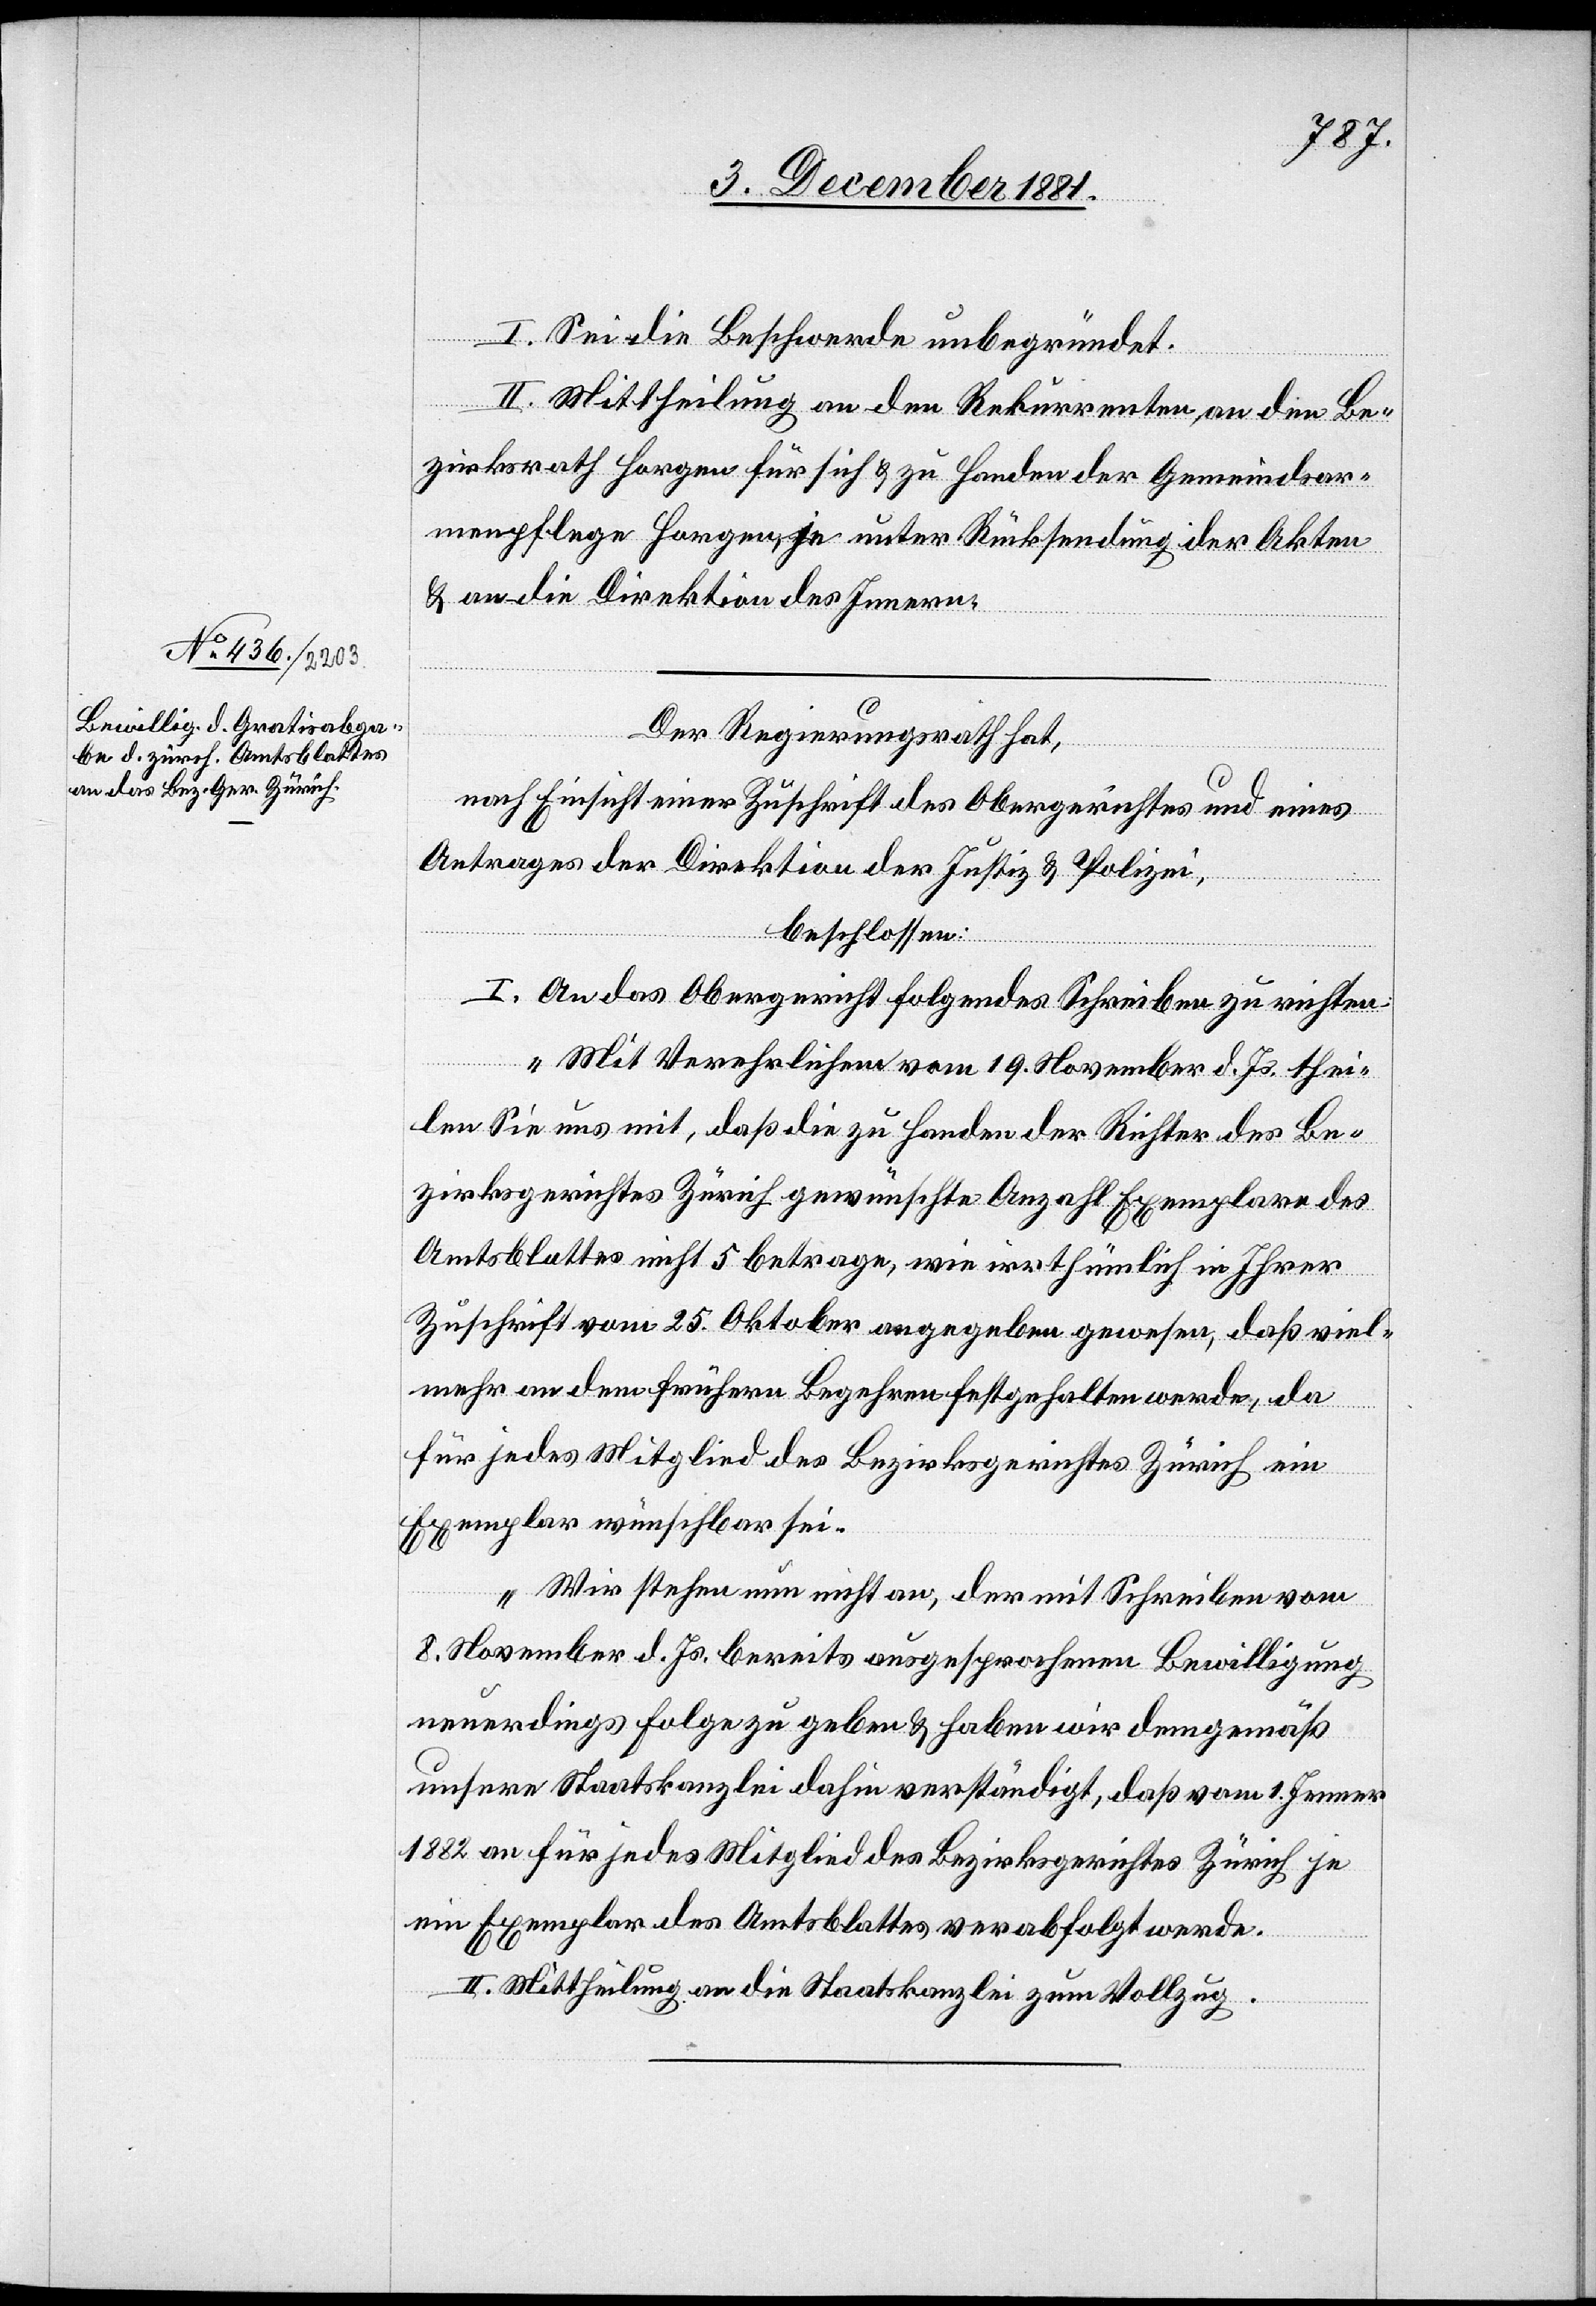
I. Sei die Beschwerde unbegründet.
II. Mittheilung an de Rekurrenten, an den Be¬
zirksrath Horgen für sich & zu Handen der Gemeindsar¬
menpflege Horgen, je unter Rücksendung der Akten
& an die Direktion des Innern.
Der Regierungsrath hat,
nach Einsicht einer Zuschrift des Obergerichtes und eines
Antrages der Direktion der Justiz & Polizei,
beschlossen:
I. An das Obergericht folgendes Schreiben zu richten:
„Mit Verehrlichem vom 19. November d. Js. thei¬
len Sie uns mit, daß die zu Handen der Richter des Be¬
zirksgerichtes Zürich gewünschte Anzahl Exemplare des
Amtsblattes nicht 5 betrage, wie irrthümlich in Ihrer
Zuschrift vom 25. Oktober angegeben gewesen, daß viel¬
mehr an dem frühern Begehren festgehalten werde, da
für jedes Mitglied des Bezirksgerichtes Zürich ein
Exemplar wünschbar sei.
Wir stehen nun nicht an, der mit Schreiben vom
8. November d. Js. bereits ausgesprochenen Bewilligung
neuerdings Folge zu geben & haben wir demgemäß
unsere Staatskanzlei dahin verständigt, daß vom 1. Januar
1882 an für jedes Mitglied des Bezirksgerichtes Zürich je
ein Exemplar des Amtsblattes verabfolgt werde.“
II. Mittheilung an die Staatskanzlei zum Vollzug.